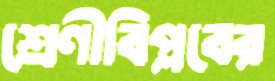
শ্রেণীবিপ্লবের